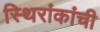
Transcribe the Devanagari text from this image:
स्थिरांकांची